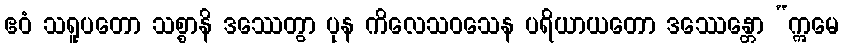
ဧဝံ သရူပတော သစ္စာနိ ဒဿေတွာ ပုန ကိလေသဝသေန ပရိယာယတော ဒဿေန္တော “ဣမေ